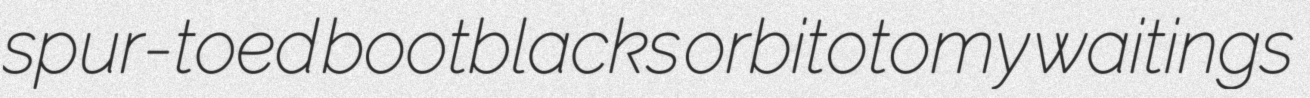
spur-toed bootblacks orbitotomy waitings